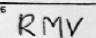
Transcription: RMV